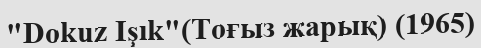
"Dokuz Işık"(Тоғыз жарық) (1965)